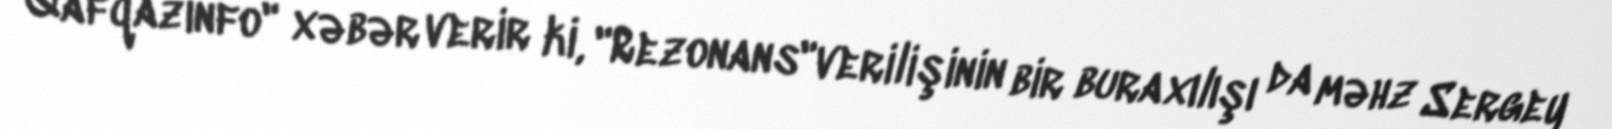
Qafqazinfo" xəbər verir ki, "Rezonans"verilişinin bir buraxılışı da məhz Sergey